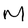
Character: m